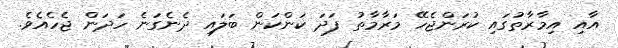
އާއި އިމާރާތުގައި ކުރަންޖެހޭ މަރާމާތު ފަދަ ކަންކަން ބަލައި ދެނެގަނެ ހަދަން ޖެހެއެވެ.